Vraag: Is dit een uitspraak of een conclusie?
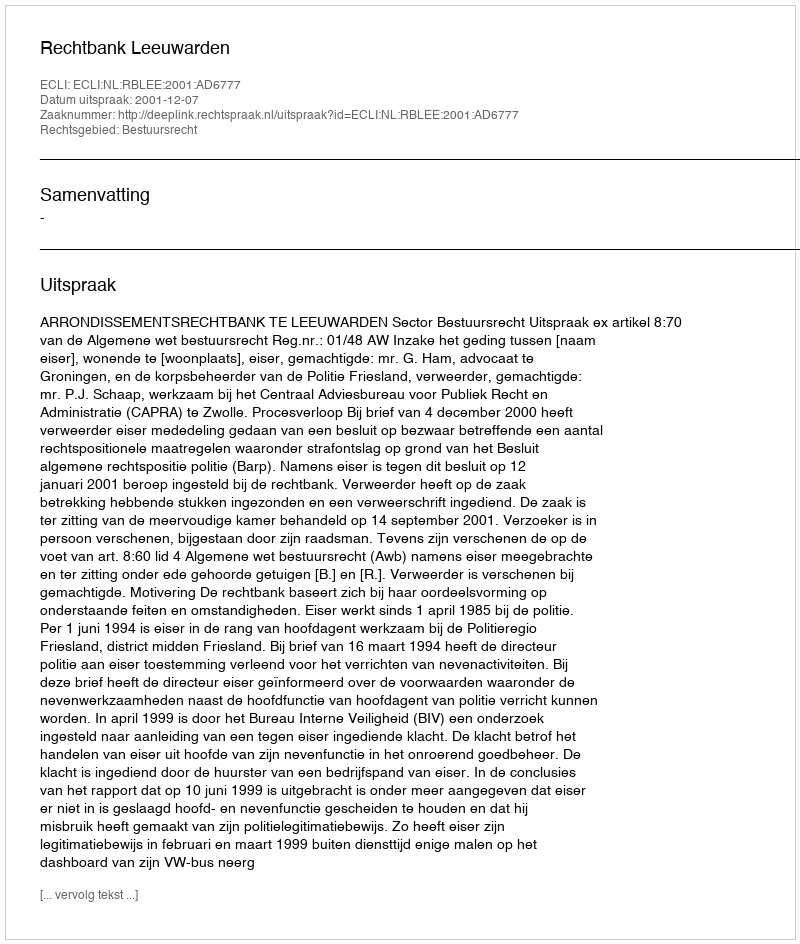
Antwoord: Uitspraak